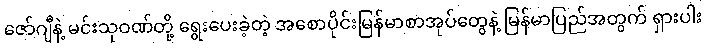
ဇော်ဂျီနဲ့ မင်းသုဝဏ်တို့ ရွေးပေးခဲ့တဲ့ အစောပိုင်းမြန်မာစာအုပ်တွေနဲ့ မြန်မာပြည်အတွက် ရှားပါး